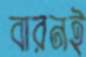
বারনই